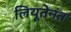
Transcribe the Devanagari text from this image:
लियूतेनंत